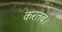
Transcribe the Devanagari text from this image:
करतब।